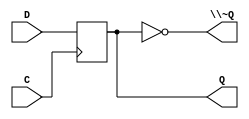
/*
 * Generated by Digital. Don't modify this file!
 * Any changes will be lost if this file is regenerated.
 */
module DIG_D_FF_1bit
#(
    parameter Default = 0
)
(
   input D,
   input C,
   output Q,
   output \~Q
);
    reg state;

    assign Q = state;
    assign \~Q = ~state;

    always @ (posedge C) begin
        state <= D;
    end

    initial begin
        state = Default;
    end
endmodule


// flip flop part of 74779
module \74779_inc  (
  input DATA,
  input LOAD,
  input \~TOGGLE ,
  input CP,
  output Q,
  output \~Q 
);
  wire s0;
  wire Q_temp;
  wire \~Q_temp ;
  assign s0 = ((DATA & LOAD) | (~ LOAD & \~TOGGLE  & Q_temp) | (~ LOAD & ~ \~TOGGLE  & \~Q_temp ));
  DIG_D_FF_1bit #(
    .Default(0)
  )
  DIG_D_FF_1bit_i0 (
    .D( s0 ),
    .C( CP ),
    .Q( Q_temp ),
    .\~Q ( \~Q_temp  )
  );
  assign Q = Q_temp;
  assign \~Q  = \~Q_temp ;
endmodule

module Driver
(
    input in,
    input sel,
    output out
);
    assign out = (sel == 1'b1)? in : 1'bz;
endmodule

// 8-Bit Bidirectional Binary Counter with 3-STATE Outputs
module \74f779  (
  input CP,
  input S0,
  input S1,
  input \~OE ,
  inout InotO0,
  inout InotO1,
  inout InotO2,
  inout InotO3,
  inout InotO4,
  inout InotO5,
  inout InotO6,
  inout InotO7,
  input \~CET ,
  input VCC,
  input GND,
  output \~TC 
);
  wire s2;
  wire s3;
  wire s4;
  wire s5;
  wire s6;
  wire s7;
  wire s8;
  wire s9;
  wire s10;
  wire s11;
  wire s12;
  wire s13;
  wire s14;
  wire s15;
  wire s16;
  wire s17;
  wire s18;
  wire s19;
  wire s20;
  wire s21;
  wire s22;
  wire s23;
  wire s24;
  wire s25;
  wire s26;
  wire s27;
  wire s28;
  wire s29;
  wire s30;
  wire s31;
  wire s32;
  wire s33;
  wire s34;
  wire s35;
  wire s36;
  wire s37;
  wire s38;
  wire s39;
  wire s40;
  assign s11 = ~ S0;
  assign s12 = ~ S1;
  assign s16 = ~ \~OE ;
  assign s2 = ~ \~CET ;
  assign s3 = ~ s2;
  assign s13 = (s11 & s12);
  assign s14 = (~ s12 & s11);
  assign s15 = (s12 & ~ s11);
  \74779_inc  \74779_inc_i0 (
    .DATA( InotO0 ),
    .LOAD( s13 ),
    .\~TOGGLE ( s3 ),
    .CP( CP ),
    .Q( s33 ),
    .\~Q ( s32 )
  );
  assign s4 = ~ ((s2 & s33 & s14) | (s32 & s15 & s2));
  assign s17 = ~ s32;
  Driver Driver_i1 (
    .in( s17 ),
    .sel( s16 ),
    .out( InotO0 )
  );
  \74779_inc  \74779_inc_i2 (
    .DATA( InotO1 ),
    .LOAD( s13 ),
    .\~TOGGLE ( s4 ),
    .CP( CP ),
    .Q( s34 ),
    .\~Q ( s31 )
  );
  assign s5 = ~ ((s2 & s34 & s33 & s14) | (s31 & s32 & s15 & s2));
  assign s18 = ~ s31;
  Driver Driver_i3 (
    .in( s18 ),
    .sel( s16 ),
    .out( InotO1 )
  );
  \74779_inc  \74779_inc_i4 (
    .DATA( InotO2 ),
    .LOAD( s13 ),
    .\~TOGGLE ( s5 ),
    .CP( CP ),
    .Q( s35 ),
    .\~Q ( s30 )
  );
  assign s6 = ~ ((s2 & s35 & s34 & s33 & s14) | (s30 & s31 & s32 & s15 & s2));
  assign s19 = ~ s30;
  Driver Driver_i5 (
    .in( s19 ),
    .sel( s16 ),
    .out( InotO2 )
  );
  \74779_inc  \74779_inc_i6 (
    .DATA( InotO3 ),
    .LOAD( s13 ),
    .\~TOGGLE ( s6 ),
    .CP( CP ),
    .Q( s36 ),
    .\~Q ( s29 )
  );
  assign s7 = ~ (((s2 & s36 & s35) & (s34 & s33 & s14)) | ((s29 & s30 & s31) & (s32 & s15 & s2)));
  assign s20 = ~ s29;
  Driver Driver_i7 (
    .in( s20 ),
    .sel( s16 ),
    .out( InotO3 )
  );
  \74779_inc  \74779_inc_i8 (
    .DATA( InotO4 ),
    .LOAD( s13 ),
    .\~TOGGLE ( s7 ),
    .CP( CP ),
    .Q( s37 ),
    .\~Q ( s28 )
  );
  assign s8 = ~ (((s2 & s37 & s36) & (s35 & s34 & s33 & s14)) | ((s28 & s29 & s30) & (s31 & s32 & s15 & s2)));
  assign s21 = ~ s28;
  Driver Driver_i9 (
    .in( s21 ),
    .sel( s16 ),
    .out( InotO4 )
  );
  \74779_inc  \74779_inc_i10 (
    .DATA( InotO5 ),
    .LOAD( s13 ),
    .\~TOGGLE ( s8 ),
    .CP( CP ),
    .Q( s38 ),
    .\~Q ( s25 )
  );
  assign s9 = ~ (((s2 & s38 & s37 & s36) & (s35 & s34 & s33 & s14)) | ((s25 & s28 & s29 & s30) & (s31 & s32 & s15 & s2)));
  assign s22 = ~ s25;
  Driver Driver_i11 (
    .in( s22 ),
    .sel( s16 ),
    .out( InotO5 )
  );
  \74779_inc  \74779_inc_i12 (
    .DATA( InotO6 ),
    .LOAD( s13 ),
    .\~TOGGLE ( s9 ),
    .CP( CP ),
    .Q( s39 ),
    .\~Q ( s26 )
  );
  assign s10 = ~ (((s2 & s39 & s38 & s37) & (s36 & s35 & s34 & s33 & s14)) | ((s26 & s25 & s28 & s29) & (s30 & s31 & s32 & s15 & s2)));
  assign s23 = ~ s26;
  Driver Driver_i13 (
    .in( s23 ),
    .sel( s16 ),
    .out( InotO6 )
  );
  \74779_inc  \74779_inc_i14 (
    .DATA( InotO7 ),
    .LOAD( s13 ),
    .\~TOGGLE ( s10 ),
    .CP( CP ),
    .Q( s40 ),
    .\~Q ( s27 )
  );
  assign s24 = ~ s27;
  assign \~TC  = ~ (((s40 & s39 & s38 & s37 & s36) & (s35 & s34 & s33 & s14 & s2)) | ((s27 & s26 & s25 & s28 & s29) & (s30 & s31 & s32 & s15 & s2)));
  Driver Driver_i15 (
    .in( s24 ),
    .sel( s16 ),
    .out( InotO7 )
  );
endmodule